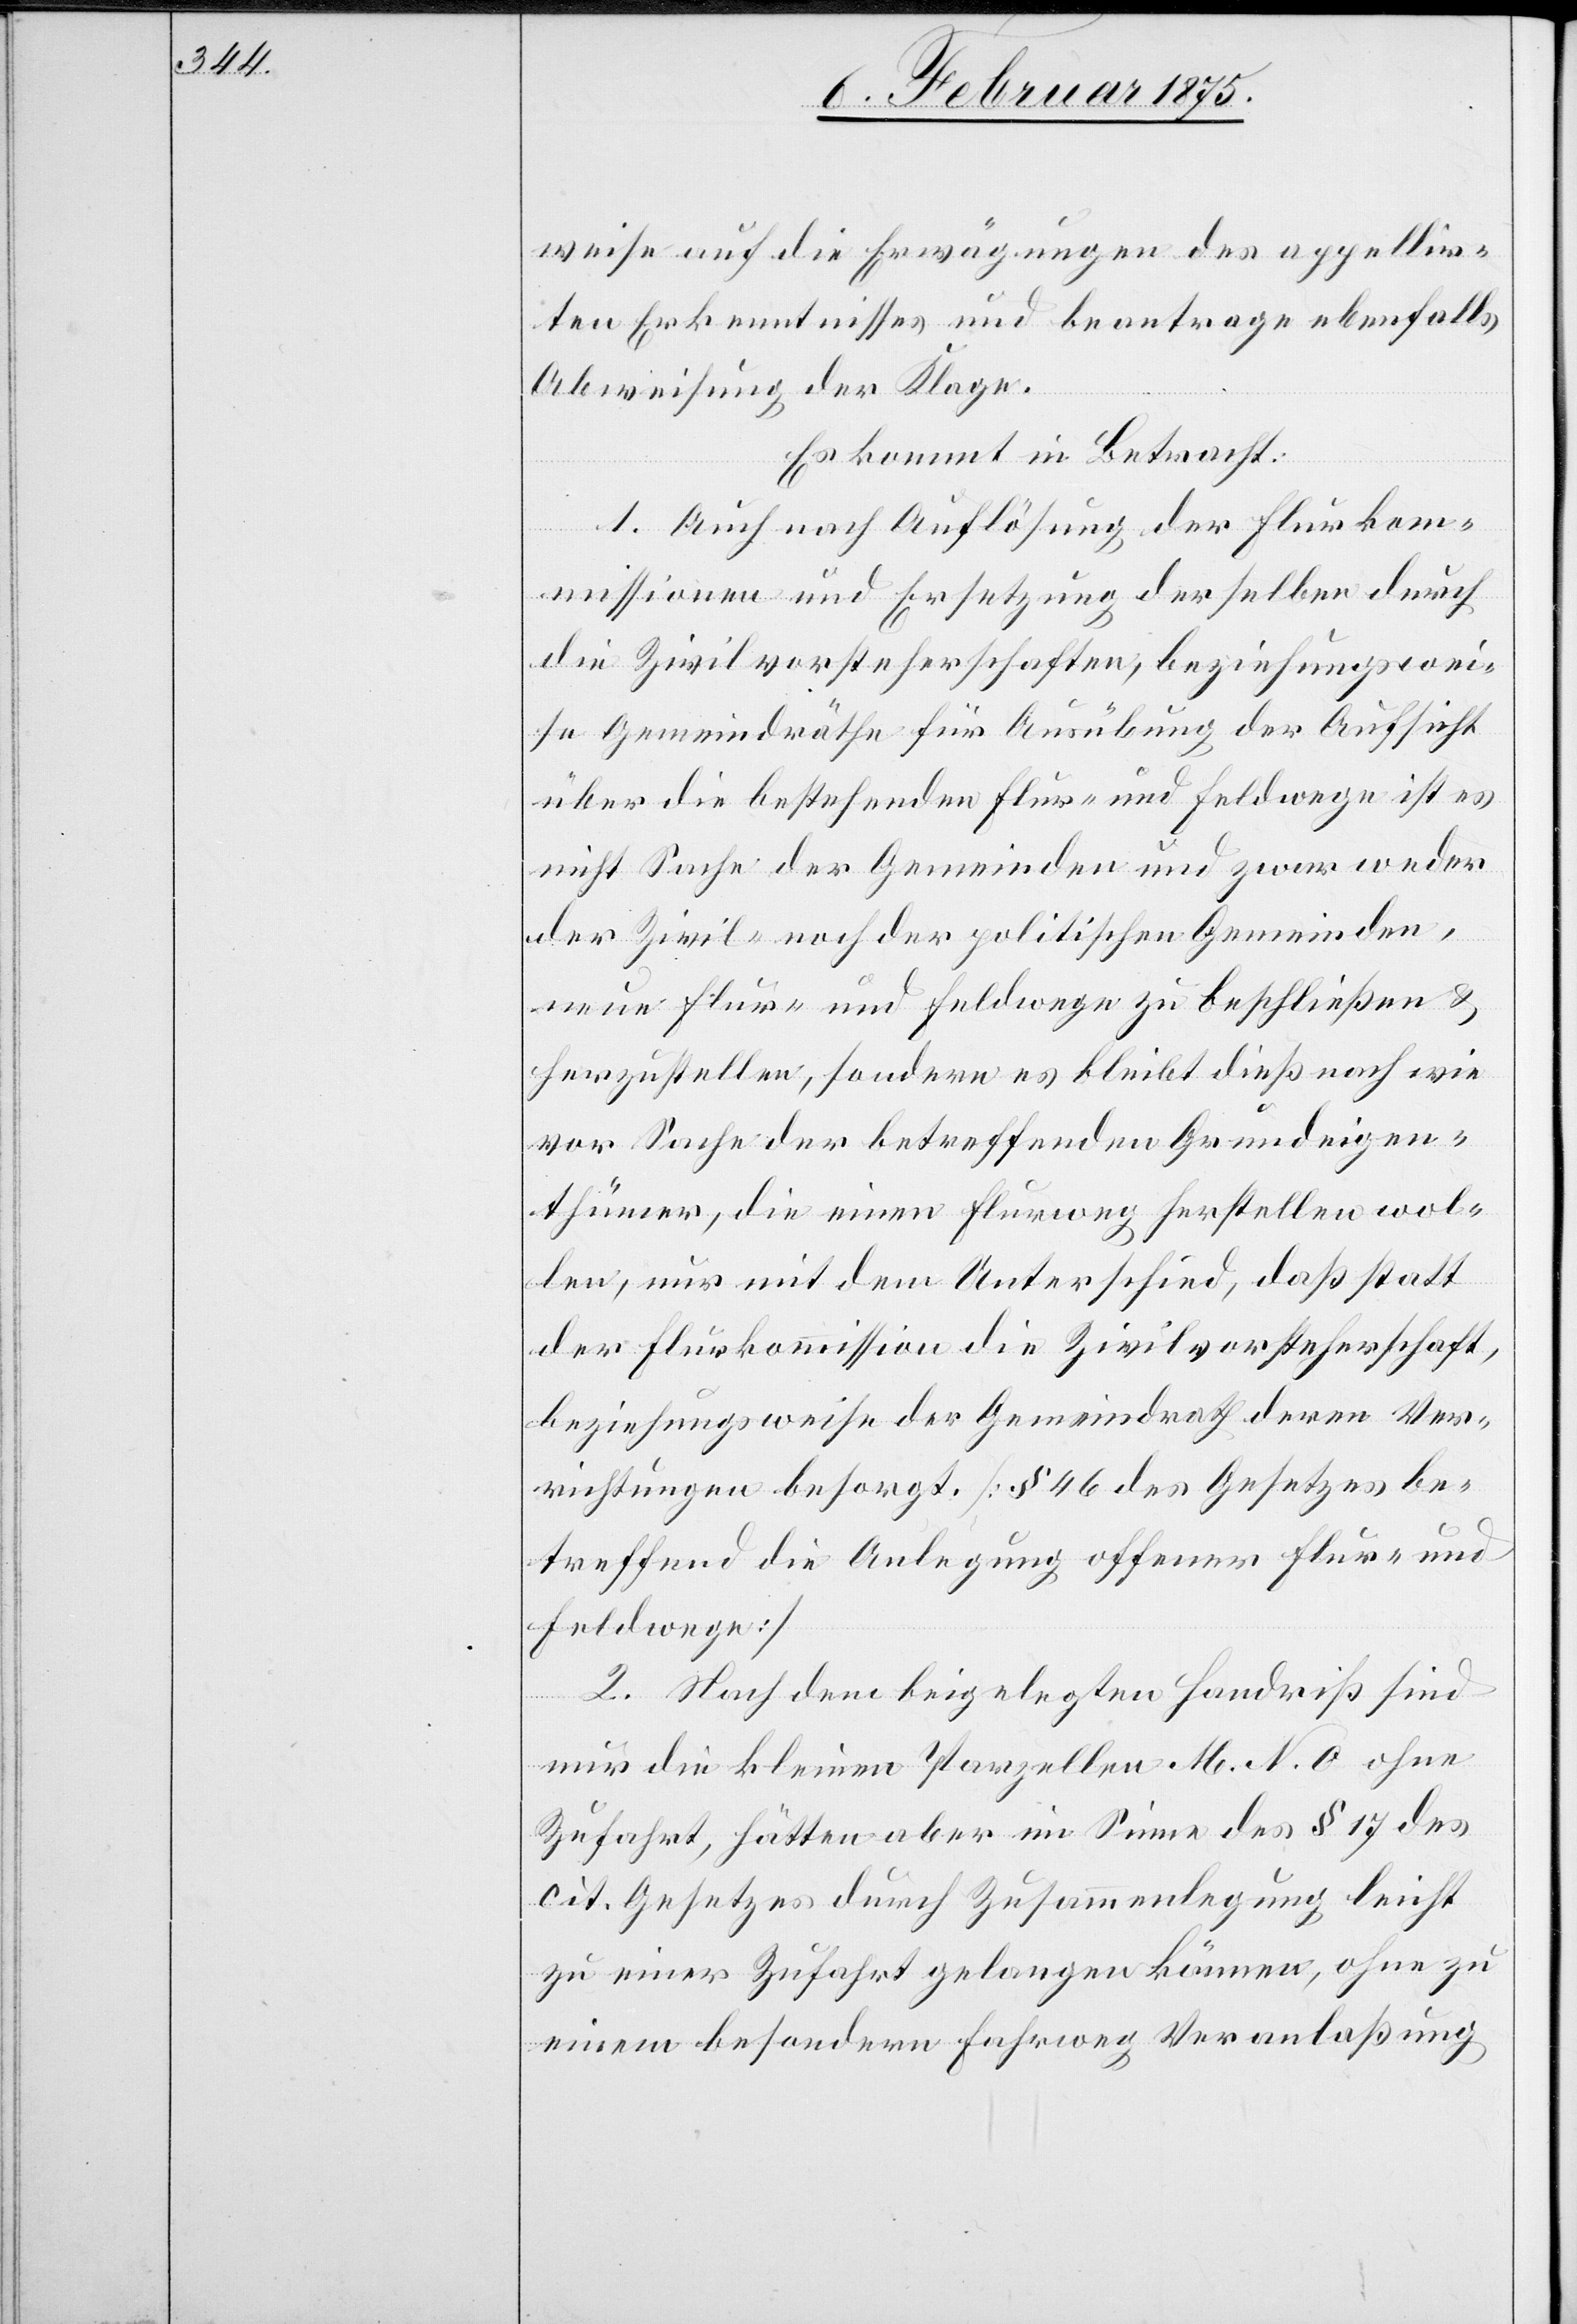
weise auf die Erwägungen des appellir¬
ten Erkenntnisses und beantrage ebenfalls
Abweisung der Klage.
Es kommen in Betracht:
1. Auch nach Auflösung der Flurkom¬
missionen und Ersetzung derselben durch
die Zivilvorsteherschaften, beziehungswei¬
se Gemeindräthe für Ausübung der Aufsicht
über die bestehenden Flur- und Feldwege ist es
nicht Sache der Gemeinden und zwar weder
der Zivil- noch der politischen Gemeinden,
neue Flur- und Feldwege zu beschließen &
herzustellen, sondern es bleibt dieß nach wie
vor Sache der betreffenden Grundeigen¬
thümer, die einen Flurweg herstellen wol¬
len, nur mit dem Unterschied, daß statt
der Flurkommission die Zivilvorsteherschaft,
beziehungsweise der Gemeindrath deren Ver¬
richtungen besorgt. [§ 46 des Gesetzes be¬
treffend die Anlegung offener Flur- und
Feldwege]
2. Nach dem beigelegten Handriß sind
nur die kleinen Parzellen M. N. O ohne
Zufahrt, hätten aber im Sinne des § 17 des
cit. Gesetzes durch Zusammenlegung leicht
zu einer Zufahrt gelangen können, ohne zu
einem besondern Fahrweg Veranlaßung